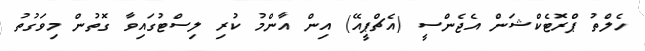
ހެލްތު ޕްރޮޓެކްޝަން އެޖެންސީ (އެޗްޕީއޭ) އިން އާންމު ކުރި ލިސްޓުގައިވާ ގޮތުން މިވަގުތު